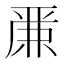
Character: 𠪕